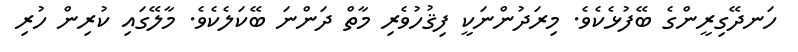
ހަނދޭގިރީންގެ ބޭފުޅެކެވެ. މިރަދުންނަކީ ފިޤުހުވެރި މާތް ދަންނަ ބޭކަލެކެވެ. މާލޭގައި ކުރިން ހުރި